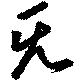
旡